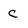
Character: c